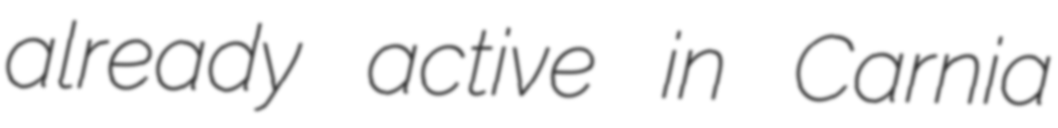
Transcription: already active in Carnia